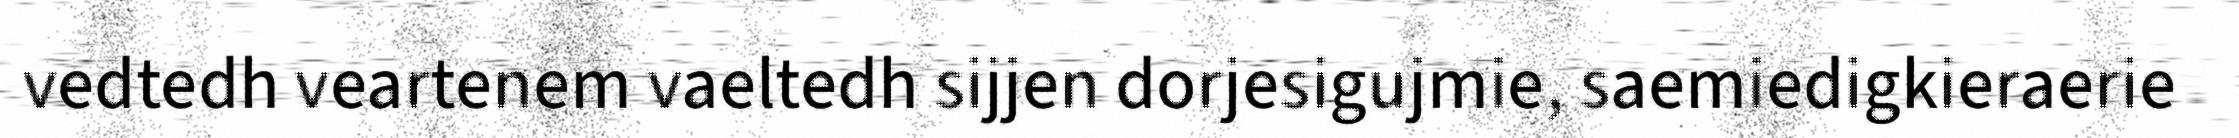
vedtedh veartenem vaeltedh sijjen dorjesigujmie, saemiedigkieraerie